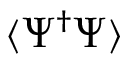
\langle \Psi ^ { \dagger } \Psi \rangle